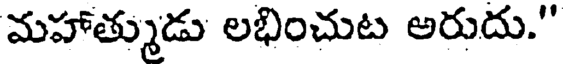
మహాత్ముడు లభించుట అరుదు."